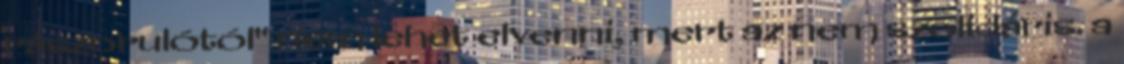
rászorulótól" nem lehet elvenni, mert az nem szolidáris. a